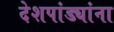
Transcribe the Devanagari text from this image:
देशपांड्यांना